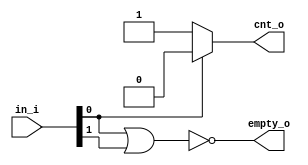
module lzc (
	in_i,
	cnt_o,
	empty_o
);
	parameter [31:0] WIDTH = 2;
	parameter [0:0] MODE = 1'b0;
	input wire [WIDTH - 1:0] in_i;
	output wire [$clog2(WIDTH) - 1:0] cnt_o;
	output wire empty_o;
	localparam [31:0] NUM_LEVELS = $clog2(WIDTH);
	wire [(WIDTH * NUM_LEVELS) - 1:0] index_lut;
	wire [(2 ** NUM_LEVELS) - 1:0] sel_nodes;
	wire [((2 ** NUM_LEVELS) * NUM_LEVELS) - 1:0] index_nodes;
	reg [WIDTH - 1:0] in_tmp;
	always @(*) begin : flip_vector
		begin : sv2v_autoblock_1
			reg [31:0] i;
			for (i = 0; i < WIDTH; i = i + 1)
				in_tmp[i] = (MODE ? in_i[(WIDTH - 1) - i] : in_i[i]);
		end
	end
	genvar j;
	function automatic [NUM_LEVELS - 1:0] sv2v_cast_7179C;
		input reg [NUM_LEVELS - 1:0] inp;
		sv2v_cast_7179C = inp;
	endfunction
	generate
		for (j = 0; $unsigned(j) < WIDTH; j = j + 1) begin : g_index_lut
			assign index_lut[j * NUM_LEVELS+:NUM_LEVELS] = sv2v_cast_7179C($unsigned(j));
		end
	endgenerate
	genvar level;
	generate
		for (level = 0; $unsigned(level) < NUM_LEVELS; level = level + 1) begin : g_levels
			if ($unsigned(level) == (NUM_LEVELS - 1)) begin : g_last_level
				genvar k;
				for (k = 0; k < (2 ** level); k = k + 1) begin : g_level
					if (($unsigned(k) * 2) < (WIDTH - 1)) begin : genblk1
						assign sel_nodes[((2 ** level) - 1) + k] = in_tmp[k * 2] | in_tmp[(k * 2) + 1];
						assign index_nodes[(((2 ** level) - 1) + k) * NUM_LEVELS+:NUM_LEVELS] = (in_tmp[k * 2] == 1'b1 ? index_lut[(k * 2) * NUM_LEVELS+:NUM_LEVELS] : index_lut[((k * 2) + 1) * NUM_LEVELS+:NUM_LEVELS]);
					end
					if (($unsigned(k) * 2) == (WIDTH - 1)) begin : genblk2
						assign sel_nodes[((2 ** level) - 1) + k] = in_tmp[k * 2];
						assign index_nodes[(((2 ** level) - 1) + k) * NUM_LEVELS+:NUM_LEVELS] = index_lut[(k * 2) * NUM_LEVELS+:NUM_LEVELS];
					end
					if (($unsigned(k) * 2) > (WIDTH - 1)) begin : genblk3
						assign sel_nodes[((2 ** level) - 1) + k] = 1'b0;
						assign index_nodes[(((2 ** level) - 1) + k) * NUM_LEVELS+:NUM_LEVELS] = 1'sb0;
					end
				end
			end
			else begin : genblk1
				genvar l;
				for (l = 0; l < (2 ** level); l = l + 1) begin : g_level
					assign sel_nodes[((2 ** level) - 1) + l] = sel_nodes[((2 ** (level + 1)) - 1) + (l * 2)] | sel_nodes[(((2 ** (level + 1)) - 1) + (l * 2)) + 1];
					assign index_nodes[(((2 ** level) - 1) + l) * NUM_LEVELS+:NUM_LEVELS] = (sel_nodes[((2 ** (level + 1)) - 1) + (l * 2)] == 1'b1 ? index_nodes[(((2 ** (level + 1)) - 1) + (l * 2)) * NUM_LEVELS+:NUM_LEVELS] : index_nodes[((((2 ** (level + 1)) - 1) + (l * 2)) + 1) * NUM_LEVELS+:NUM_LEVELS]);
				end
			end
		end
	endgenerate
	function automatic signed [$clog2(WIDTH) - 1:0] sv2v_cast_D3735_signed;
		input reg signed [$clog2(WIDTH) - 1:0] inp;
		sv2v_cast_D3735_signed = inp;
	endfunction
	assign cnt_o = (NUM_LEVELS > $unsigned(0) ? index_nodes[0+:NUM_LEVELS] : sv2v_cast_D3735_signed(0));
	assign empty_o = (NUM_LEVELS > $unsigned(0) ? ~sel_nodes[0] : ~(|in_i));
endmodule